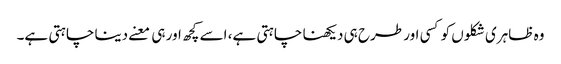
وہ ظاہری شکلوں کو کسی اور طرح ہی دیکھنا چاہتی ہے، اسے کچھ اور ہی معنے دینا چاہتی ہے۔